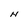
Character: N